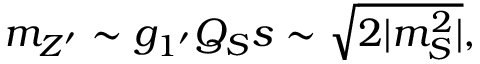
m _ { Z ^ { \prime } } \sim g _ { 1 ^ { \prime } } Q _ { S } s \sim \sqrt { 2 | m _ { S } ^ { 2 } | } ,